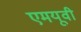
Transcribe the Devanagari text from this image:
एमयूवी